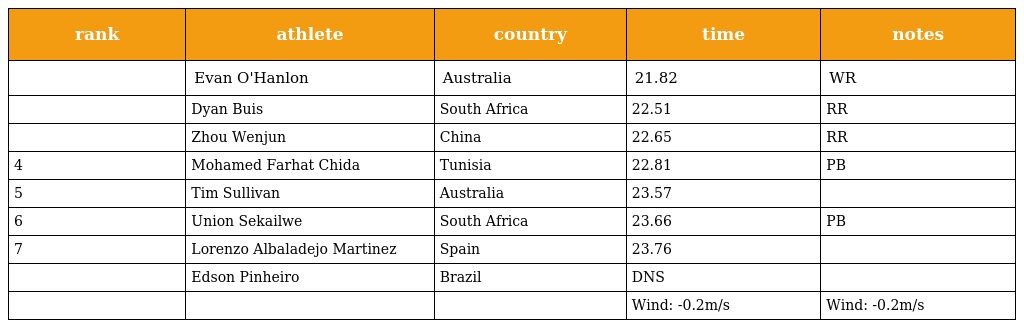
| rank | athlete | country | time | notes |
 | --- | --- | --- | --- | --- |
 |  | Evan O'Hanlon | Australia | 21.82 | WR |
 |  | Dyan Buis | South Africa | 22.51 | RR |
 |  | Zhou Wenjun | China | 22.65 | RR |
 | 4 | Mohamed Farhat Chida | Tunisia | 22.81 | PB |
 | 5 | Tim Sullivan | Australia | 23.57 |  |
 | 6 | Union Sekailwe | South Africa | 23.66 | PB |
 | 7 | Lorenzo Albaladejo Martinez | Spain | 23.76 |  |
 |  | Edson Pinheiro | Brazil | DNS |  |
 |  |  |  | Wind: -0.2m/s | Wind: -0.2m/s |